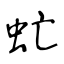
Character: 虻